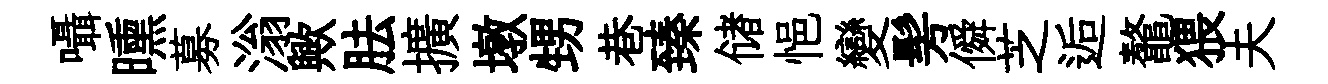
囁曛募滃歟胠擴墩甥巷臻储悒變髣僢芝逅鼇猥夫